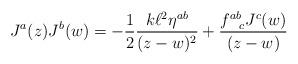
LaTeX: \begin{align*}J^{a}(z)J^{b}(w) = -\frac{1}{2}\frac{k \ell ^{2} \eta ^{ab}}{(z-w)^{2}} +\frac{f^{ab}_{~~c}J^{c}(w)}{(z-w)}\end{align*}